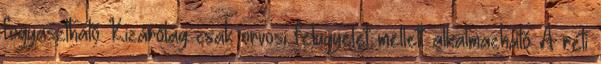
fogyasztható Kizárólag csak orvosi felügyelet mellett alkalmazható A réti